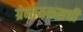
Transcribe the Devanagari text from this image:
ग्रेनायकसची